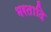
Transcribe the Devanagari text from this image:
भरतादि